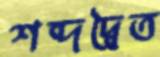
শব্দদ্বৈত